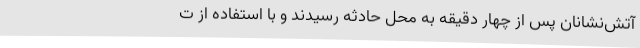
آتش‌نشانان پس از چهار دقیقه به محل حادثه رسیدند و با استفاده از ت